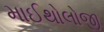
માઈથોલોજી